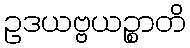
ဥဒယဗ္ဗယဉ္စာတိ